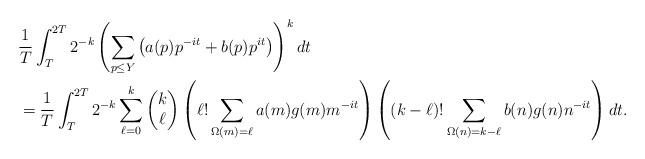
LaTeX: \begin{align*}&\frac{1}{T}\int_T^{2T}2^{-k}\left(\sum_{p\leq Y}\left(a(p)p^{-it}+b(p)p^{it}\right)\right)^kdt\\&=\frac{1}{T}\int_T^{2T}2^{-k}\sum_{\ell=0}^k\begin{pmatrix}k \\\ell\end{pmatrix}\left(\ell !\sum_{\Omega(m)=\ell}a(m)g(m)m^{-it}\right)\left((k-\ell)!\sum_{\Omega(n)=k-\ell}b(n)g(n)n^{-it}\right)dt.\end{align*}